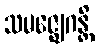
သမဇ္ဈေဂန္တိ